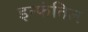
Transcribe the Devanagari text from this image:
इन्फंतिल